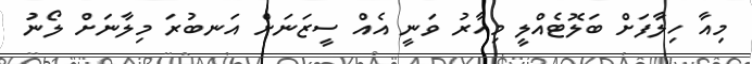
މިއާ ހިލާފަށް ބަލޮޓެއްލީ މިހާރު ވަނީ އެއް ސީޒަނަށް އަނބުރަ މިލާނަށް ލޯނު